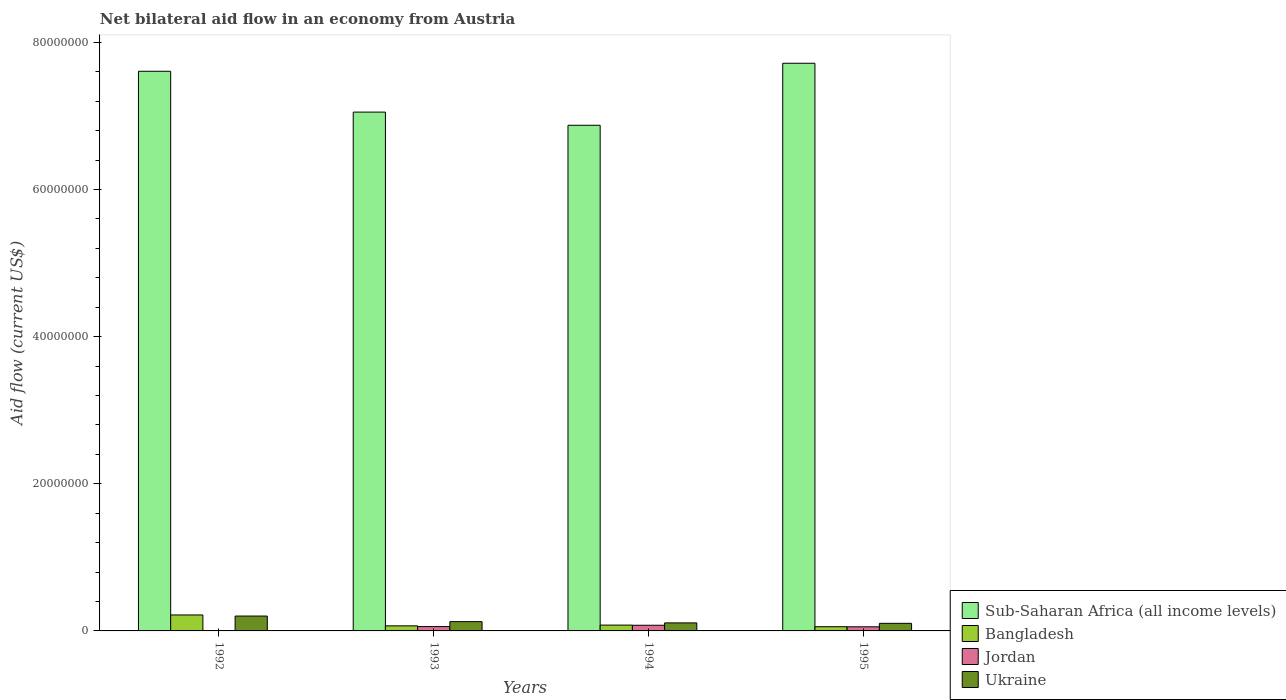
| Years | Sub-Saharan Africa (all income levels) | Bangladesh | Jordan | Ukraine |
 | --- | --- | --- | --- | --- |
 | 1992 | 7.61e+07 | 2.17e+06 | -6.83e+06 | 2.02e+06 |
 | 1993 | 7.05e+07 | 6.9e+05 | 5.9e+05 | 1.26e+06 |
 | 1994 | 6.87e+07 | 7.9e+05 | 7.7e+05 | 1.09e+06 |
 | 1995 | 7.72e+07 | 5.7e+05 | 5.6e+05 | 1.03e+06 |